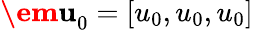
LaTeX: \textbf{\em u}_{0}=[u_{0},u_{0},u_{0}]